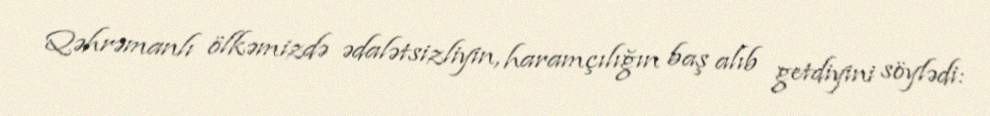
Qəhrəmanlı ölkəmizdə ədalətsizliyin, haramçılığın baş alıb getdiyini söylədi: